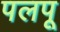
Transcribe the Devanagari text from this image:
पलपू